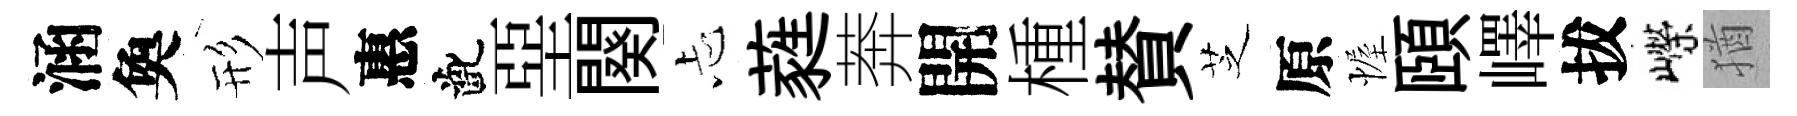
涵奐形声惠齔堊闋忐蕤莾開㮔賛芝原幄頤嶧拔嶸猶